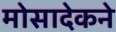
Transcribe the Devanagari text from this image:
मोसादेकने